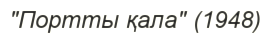
"Портты қала" (1948)